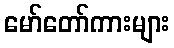
မော်တော်ကားများ